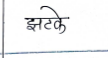
मजकूर: झटके